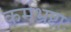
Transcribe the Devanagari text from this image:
कर्मभ्रष्टाः